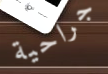
جراحية